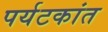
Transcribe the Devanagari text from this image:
पर्यटकांत